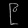
Digit: ၉